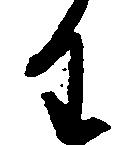
わ